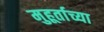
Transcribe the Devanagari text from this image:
मुहूर्ताच्या